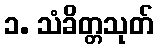
၁. သံခိတ္တသုတ်